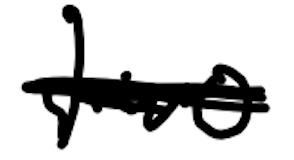
Text: two
Cross-out: scratch
Writing tool: digital_black